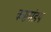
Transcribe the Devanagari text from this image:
कष्टमंडप